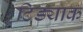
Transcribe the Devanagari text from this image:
टिड्याक